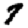
Digit: 7